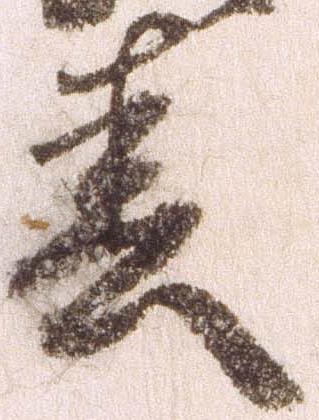
春